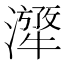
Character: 𤁁